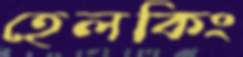
হেলকিং